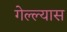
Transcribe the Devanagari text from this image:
गेल्ल्यास